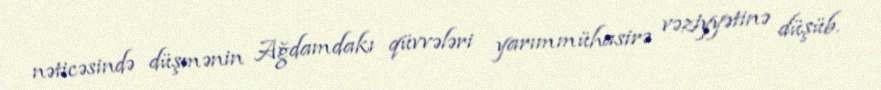
nəticəsində düşmənin Ağdamdakı qüvvələri yarımmühasirə vəziyyətinə düşüb.